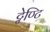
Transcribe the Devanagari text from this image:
ट्वेण्टि